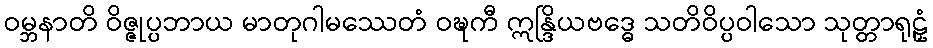
ဝမ္ဘနာတိ ဝိဇ္ဇုပ္ပဘာယ မာတုဂါမဿေတံ ဝဍ္ဎကီ ဣန္ဒြိယဗဒ္ဓေ သတိဝိပ္ပဝါသော သုတ္တာရုဠှံ